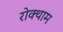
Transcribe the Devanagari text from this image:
रोक्थाम